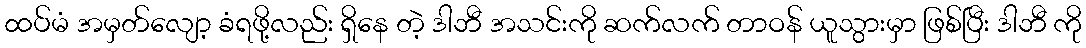
ထပ်မံ အမှတ်လျော့ ခံရဖို့လည်း ရှိနေ တဲ့ ဒါဘီ အသင်းကို ဆက်လက် တာဝန် ယူသွားမှာ ဖြစ်ပြီး ဒါဘီ ကို